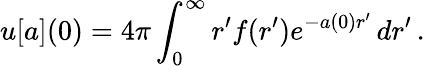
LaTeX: u[a](0)=4\pi\int_{0}^{\infty}r^{\prime}f(r^{\prime})e^{-a(0)r^{\prime}}\, dr^{\prime}\, .